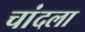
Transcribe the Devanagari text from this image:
चांदला